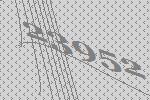
23952